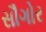
સૌગોર